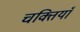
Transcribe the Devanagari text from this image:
चक्तियाँ